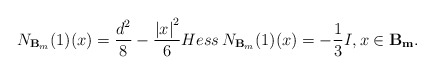
\begin{align*}N_{\mathbf B_{m}}(1)(x)= \frac{d^{2}}{8} - \frac{\left\vert x \right\vert^{2}}{6} Hess \, N_{\mathbf B_{m}}(1)(x)=-\frac{1}{3}I, x \in \mathbf{B_{m}}.\end{align*}